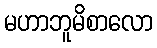
မဟာဘူမိစာလော